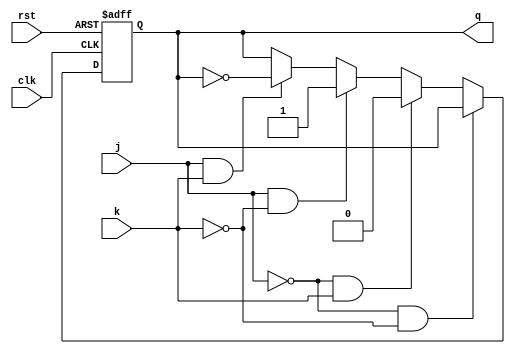
module jk_ff(j,k,clk,rst,q);
input j,k,clk,rst;
output q;
reg q;
always @(posedge clk or posedge rst)
begin
if(rst)
q<=1'b0;
else begin
if (j==1'b0 && k==1'b0)
q<=q;
else if (j==1'b0 && k==1'b1)
q<=1'b0;
else if (j==1'b1 && k==1'b0)
q<=1'b1;
else if (j==1'b1 && k==1'b1)
q<=~q;
end
end
endmodule